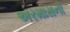
અરમાસનો